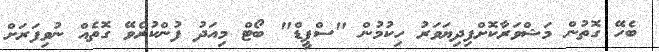
ބެހޭ ގޮތުން މަޝްވަރާކޮށްފިދިޔަވަރު ހިކުމުން "ސްޕީޑް" ބޯޓް މިއަދު ފުންކުރެވޭ ގޮތެއް ނުވިފަރަށް